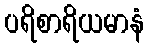
ပရိစာရိယမာနံ